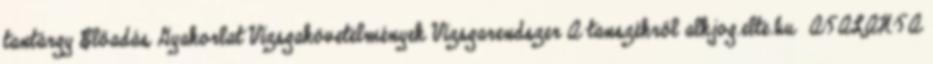
tantárgy Előadás Gyakorlat Vizsgakövetelmények Vizsgarendszer A tanszékről alkjog.elte.hu ATALANTA